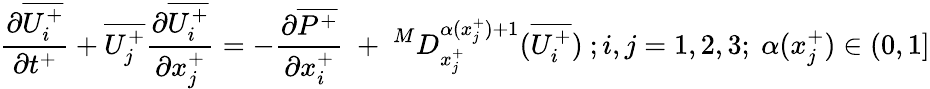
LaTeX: {\frac{\partial\overline{{U_{i}^{+}}}}{\partial t^{+}}}+\overline{{U_{j}^{+}}}\frac{\partial\overline{{U_{i}^{+}}}}{\partial x_{j}^{+}}=-\frac{\partial\overline{{P^{+}}}}{\partial x_{i}^{+}}~+~^{M}D_{x_{j}^{+}}^{\alpha(x_{j}^{+})+1}(\overline{{U_{i}^{+}}})~;i,j=1,2,3;~\alpha(x_{j}^{+})\in(0,1]